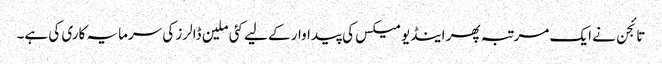
تائجن نے ایک مرتبہ پھر اینڈیومیکس کی پیداوار کے لیے کئی ملین ڈالرز کی سرمایہ کاری کی ہے۔